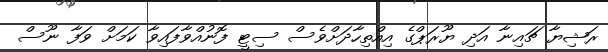
ރަޝިޔާ ޗައިނާ އަދި ޔޫރަޕްގެ އިއްތިހާދަށްވެސް ސިޓީ ފޮނުއްވާފައިވާ ކަމަށް ވަފާ ނޫސް